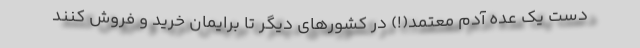
دست یک عده آدم معتمد(!) در کشورهای دیگر تا برایمان خرید و فروش کنند